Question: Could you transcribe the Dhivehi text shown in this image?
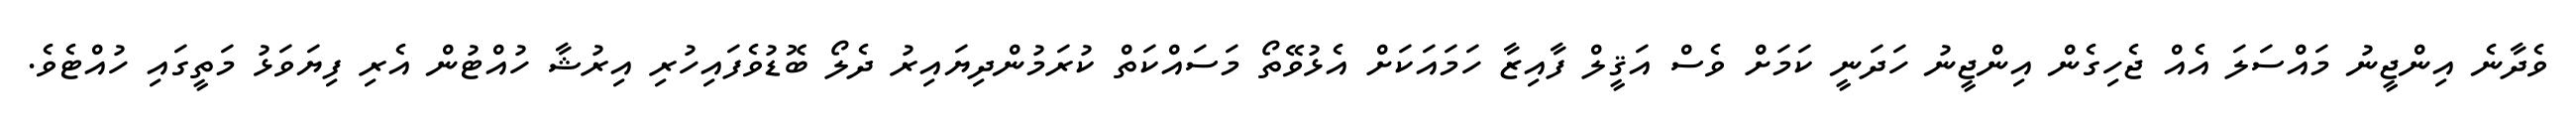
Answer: ވެދާނެ އިންޖީނު މައްސަލަ އެއް ޖެހިގެން އިންޖީނު ހަދަނީ ކަމަށް ވެސް އަޤީލް ފާއިޒާ ހަމައަކަށް އެޅުވޭތޯ މަސައްކަތް ކުރަމުންދިޔައިރު ދެލޯ ބޮޑުވެފައިހުރި އިރުޝާ ހުއްޓުން އެރި ފިޔަވަޅު މަތީގައި ހުއްޓެވެ.